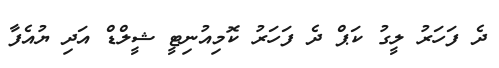
ދެ ފަހަރު ލީގު ކަޕް ދެ ފަހަރު ކޮމިއުނިޓީ ޝީލްޑް އަދި ޔުއެފާ